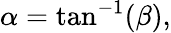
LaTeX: \alpha=\tan^{-1}(\beta),